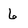
Character: 6